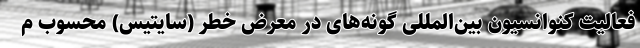
فعالیت کنوانسیون بین‌المللی گونه‌های در معرض خطر (سایتیس) محسوب م